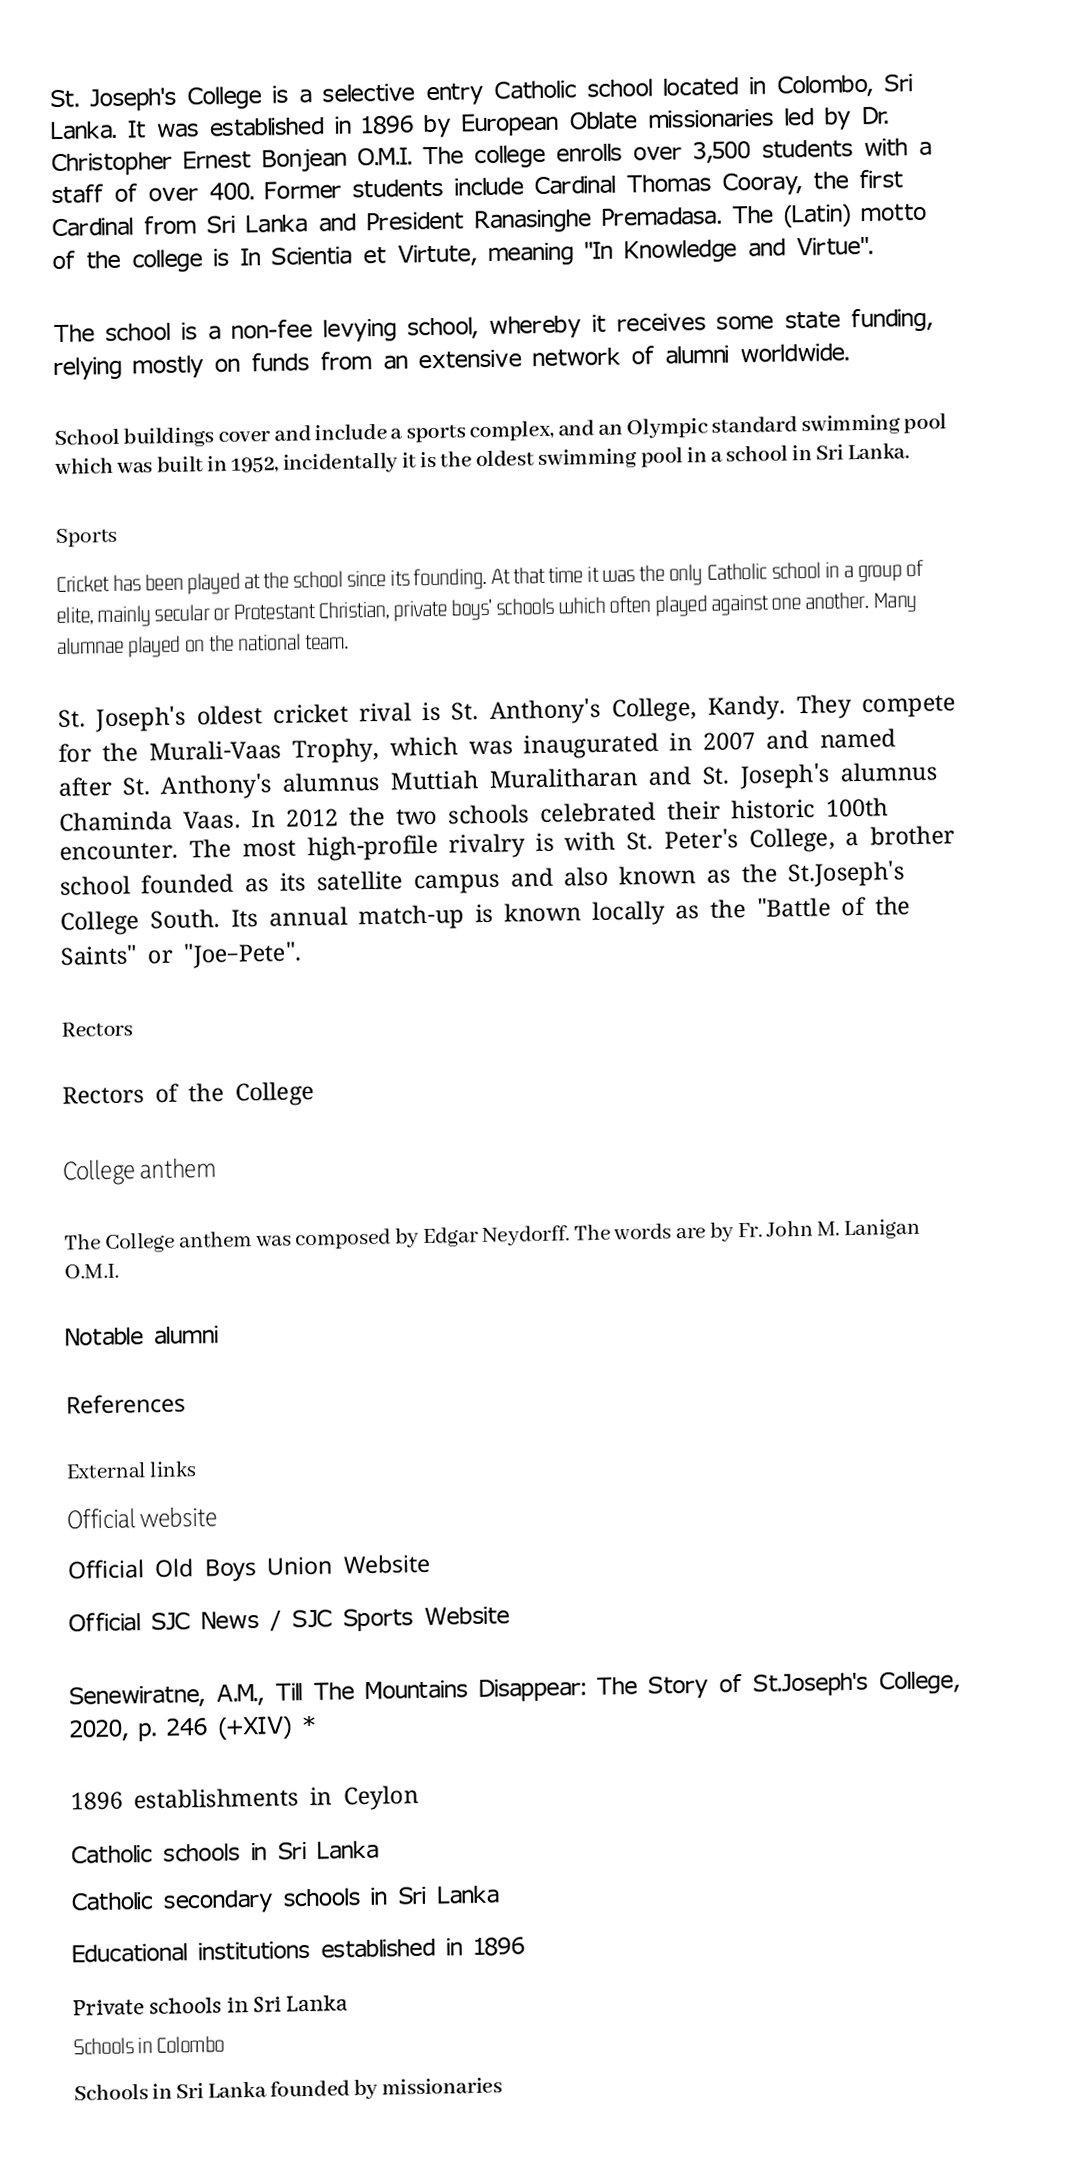
St. Joseph's College is a selective entry Catholic school located in Colombo, Sri Lanka. It was established in 1896 by European Oblate missionaries led by Dr. Christopher Ernest Bonjean O.M.I. The college enrolls over 3,500 students with a staff of over 400. Former students include Cardinal Thomas Cooray, the first Cardinal from Sri Lanka and President Ranasinghe Premadasa. The (Latin) motto of the college is In Scientia et Virtute, meaning "In Knowledge and Virtue".

The school is a non-fee levying school, whereby it receives some state funding, relying mostly on funds from an extensive network of alumni worldwide.

School buildings cover  and include a sports complex, and an Olympic standard swimming pool which was built in 1952, incidentally it is the oldest swimming pool in a school in Sri Lanka.

Sports
Cricket has been played at the school since its founding. At that time it was the only Catholic school in a group of elite, mainly secular or Protestant Christian, private boys' schools which often played against one another. Many alumnae played on the national team.

St. Joseph's oldest cricket rival is St. Anthony's College, Kandy. They compete for the Murali-Vaas Trophy, which was inaugurated in 2007 and named after St. Anthony's alumnus Muttiah Muralitharan and St. Joseph's alumnus Chaminda Vaas. In 2012 the two schools celebrated their historic 100th encounter. The most high-profile rivalry is with St. Peter's College, a brother school founded as its satellite campus and also known as the St.Joseph's College South. Its annual match-up is known locally as the "Battle of the Saints" or "Joe–Pete".

Rectors

Rectors of the College

College anthem

The College anthem was composed by Edgar Neydorff. The words are by Fr. John M. Lanigan O.M.I.

Notable alumni

References

External links
 Official website
 Official Old Boys Union Website
 Official SJC News / SJC Sports Website

Senewiratne, A.M., Till The Mountains Disappear: The Story of St.Joseph's College, 2020, p. 246 (+XIV) *

1896 establishments in Ceylon
Catholic schools in Sri Lanka
Catholic secondary schools in Sri Lanka
Educational institutions established in 1896
Private schools in Sri Lanka
Schools in Colombo
Schools in Sri Lanka founded by missionaries